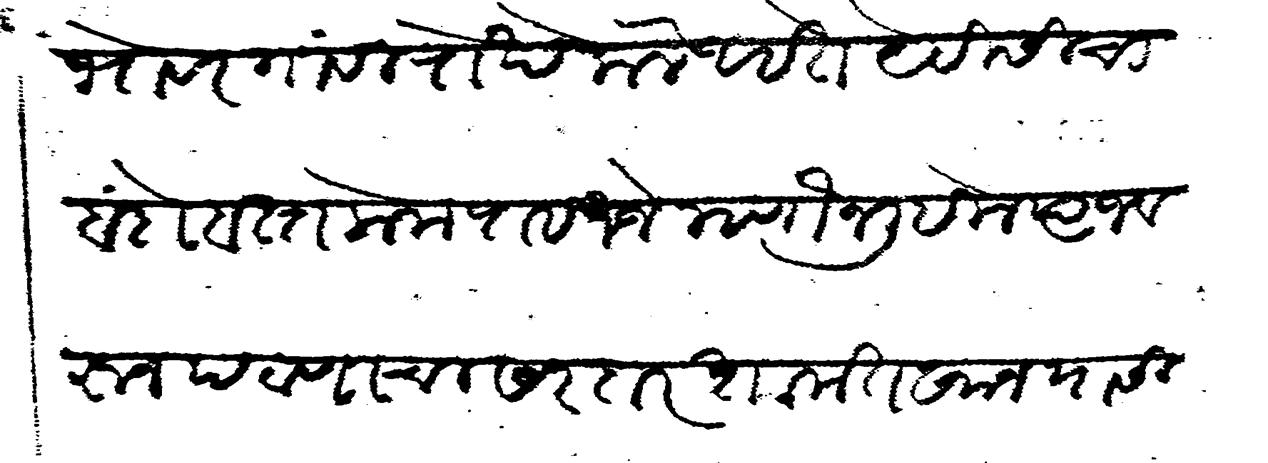
Transliteration (Devanagari): भोवरगावी रोखे केले आहेत येविसीचा बंदोबस्त केला पाहिजे म्हणोन लिहिले त्याज वरुन पटाणाचा सरदार शामतखान यासी